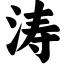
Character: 涛